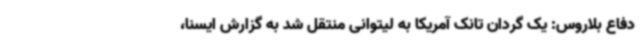
دفاع بلاروس:‌ یک گردان تانک آمریکا به لیتوانی منتقل شد به گزارش ایسنا،